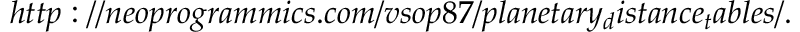
h t t p : / / n e o p r o g r a m m i c s . c o m / v s o p 8 7 / p l a n e t a r y _ { d } i s t a n c e _ { t } a b l e s / .